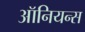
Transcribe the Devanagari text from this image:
ऑनियन्स